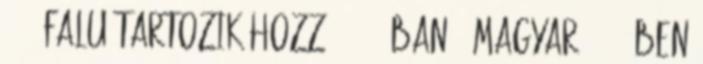
. 33 falu tartozik hozzá. 1900-ban 3 magyar, 2002-ben